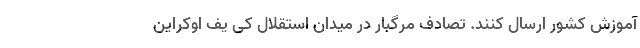
آموزش کشور ارسال کنند. تصادف مرگبار در میدان استقلال کی یف اوكراين